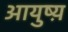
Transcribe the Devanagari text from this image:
आयुष्य़